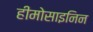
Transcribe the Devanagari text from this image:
हीमोसाइनिन